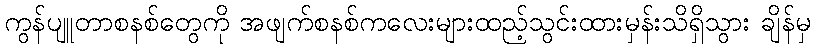
ကွန်ပျူတာစနစ်တွေကို အဖျက်စနစ်ကလေးများထည့်သွင်းထားမှန်းသိရှိသွား ချိန်မှ